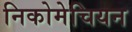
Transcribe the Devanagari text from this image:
निकोमेचियन